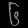
Digit: ၆